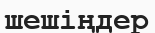
шешіңдер